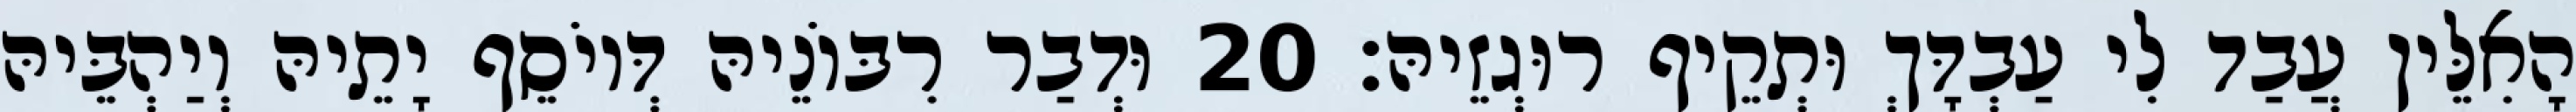
הָאִלֵּין עֲבַד לִי עַבְדָּךְ וּתְקֵיף רוּגְזֵיהּ׃ 20 וּדְבַר רִבּוֹנֵיהּ דְּיוֹסֵף יָתֵיהּ וְיַהְבֵּיהּ